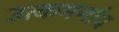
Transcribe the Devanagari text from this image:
उत्कमर्णाय